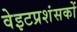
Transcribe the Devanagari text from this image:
वेइटप्रशंसकों